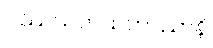
ဝဿသတသဟဿာနိ